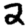
Digit: 2